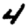
Digit: 4